Leaving Certificate Examination (including Day School Certificate (Higher) General paper), 1935
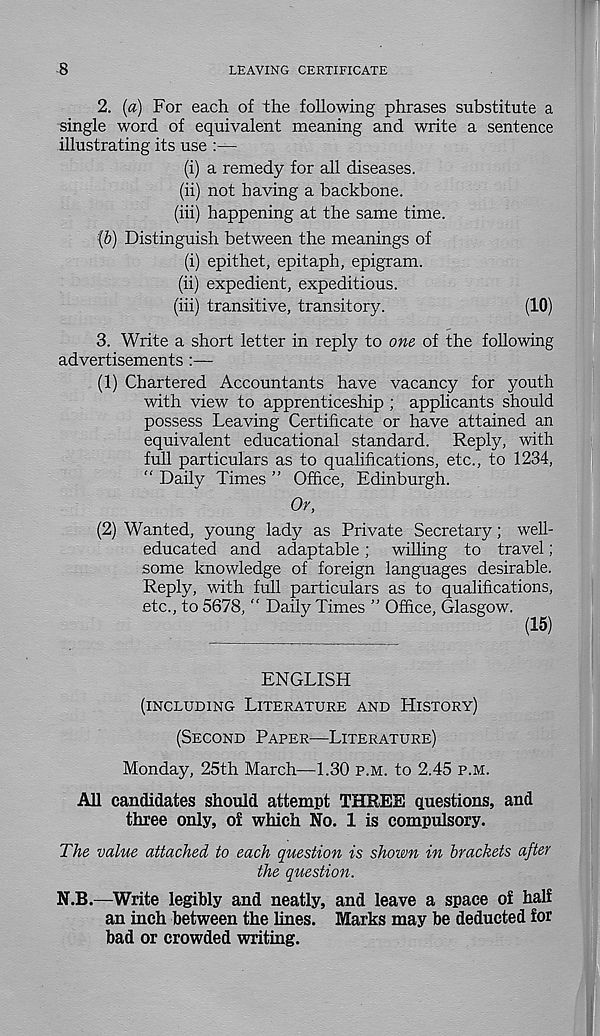
-8
LEAVING CERTIFICATE
2. {a) For each of the following phrases substitute a
single word of equivalent meaning and write a sentence
illustrating its use :—
(i) a remedy for all diseases.
(ii) not having a backbone.
(hi) happening at the same time.
: {b) Distinguish between the meanings of
(i) epithet, epitaph, epigram.
(ii) expedient, expeditious.
(hi) transitive, transitory.
(10)
3. Write a short letter in reply to one of the following
advertisements
(1) Chartered Accountants have vacancy for youth
with view to apprenticeship ; applicants should
possess Leaving Certificate or have attained an
equivalent educational standard. Reply, with
full particulars as to qualifications, etc., to 1234,
“ Daily Times ” Office, Edinburgh.
Or,
(2) Wanted, young lady as Private Secretary; well-
educated and adaptable; willing to travel;
some knowledge of foreign languages desirable.
Reply, with full particulars as to qualifications,
etc., to 5678, " Daily Times ” Office, Glasgow.
ENGLISH
(INCLUDING LITERATURE AND HISTORY)
(SECOND PAPER—LITERATURE)
Monday, 25th March—1.30 P.M. to 2.45 P.M.
All candidates should attempt THREE questions, and
three only, of which No. 1 is compulsory.
The value attached to each question is shown in brackets after
the question.
N.B.—Write legibly and neatly, and leave a space of half
an inch between the lines. Marks may be deducted for
bad or crowded writing.